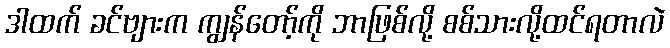
ဒါထက် ခင်ဗျားက ကျွန်တော့်ကို ဘာဖြစ်လို့ စစ်သားလို့ထင်ရတာလဲ